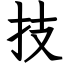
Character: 技